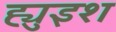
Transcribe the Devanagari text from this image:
ह्युइश